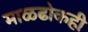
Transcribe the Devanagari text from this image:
माळढोकही